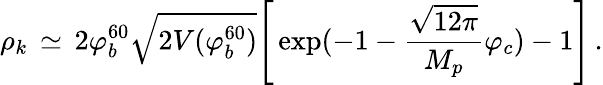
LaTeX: \rho_{k}\, \simeq\, 2\varphi_{b}^{60}\sqrt{2V(\varphi_{b}^{60})}\Biggr[\exp(-1-\frac{\sqrt{12\pi}}{M_{p}}\varphi_{c})-1\Biggr]\, .